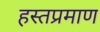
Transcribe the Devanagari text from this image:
हस्तप्रमाण